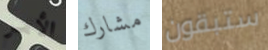
الأمر مشارك ستبقون